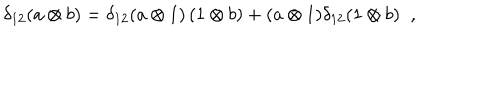
LaTeX: \delta _ { 1 2 } ( a \otimes b ) = \delta _ { 1 2 } ( a \otimes 1 ) \, ( 1 \otimes b ) + ( a \otimes 1 ) \delta _ { 1 2 } ( 1 \otimes b ) \; \; ,